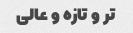
تر و تازه و عالی